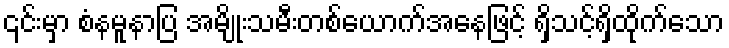
၎င်းမှာ စံနမူနာပြ အမျိုးသမီးတစ်ယောက်အနေဖြင့် ရှိသင့်ရှိထိုက်သော